Eesti_Vabariigi_Tartu_Ulikool, lk 87
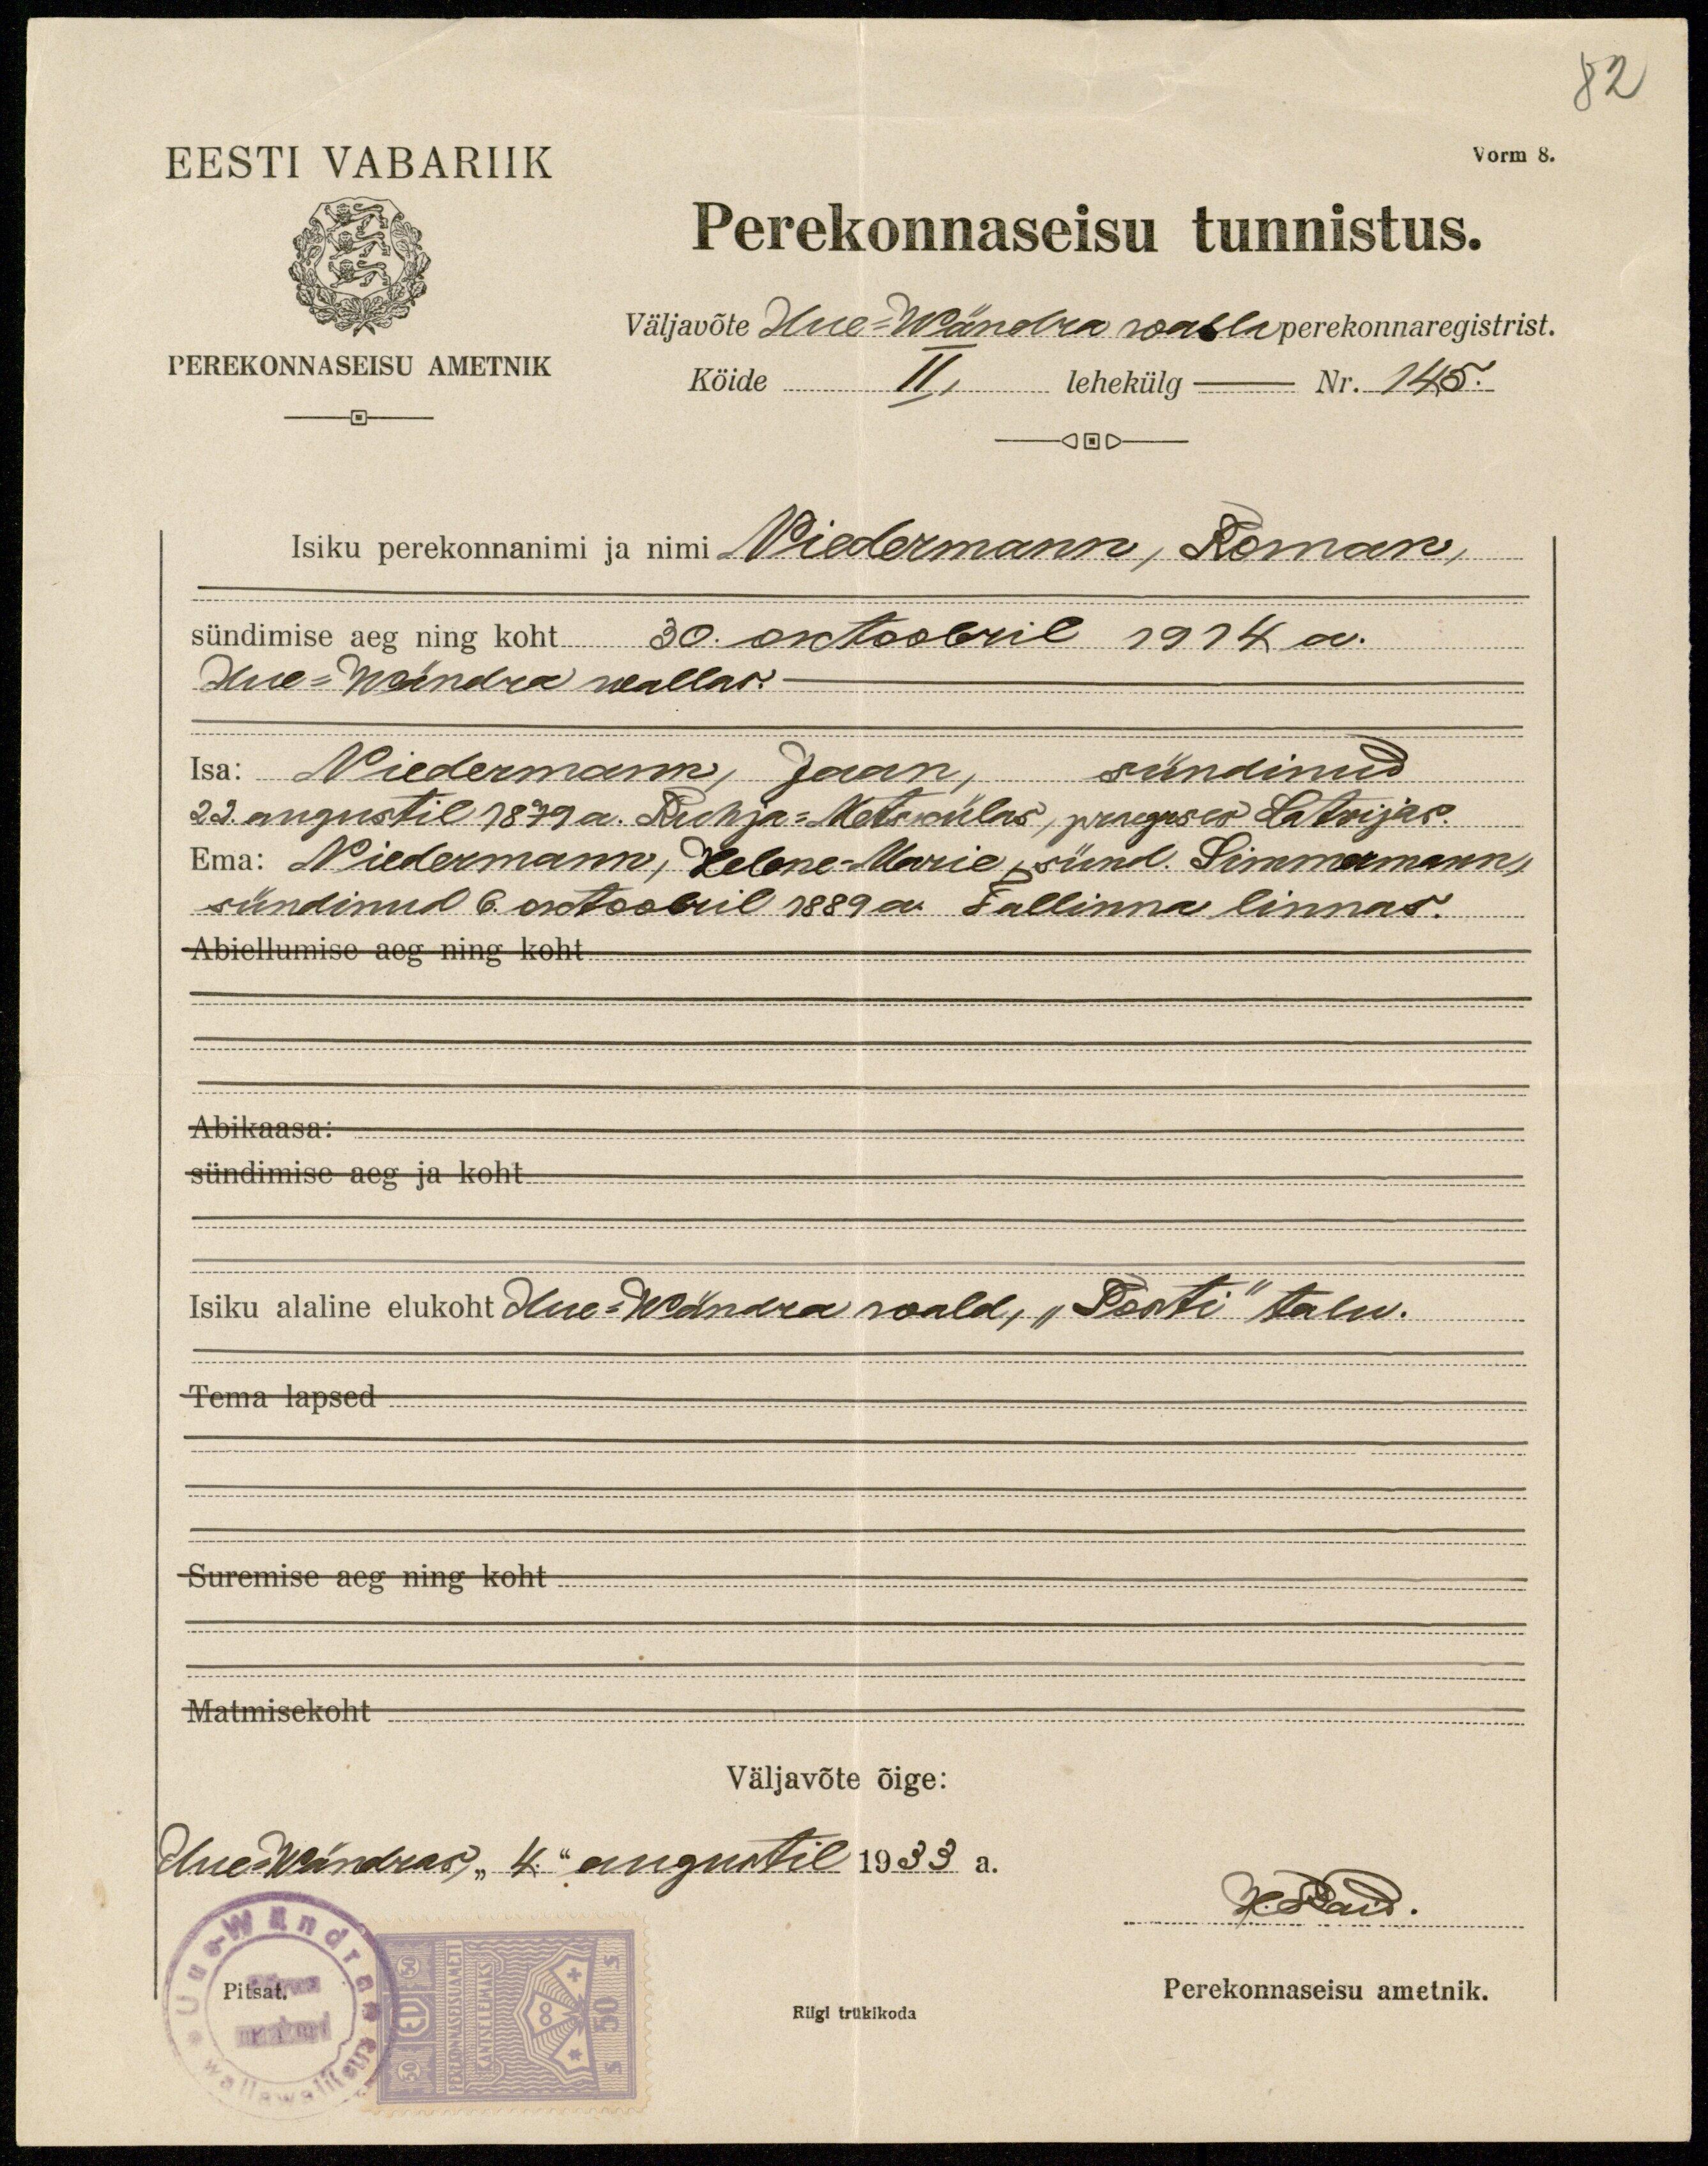
82
Vorm 8.
EESTI VABARIIK
PEREKONNAEISU AMETNIK
Perekonnaseisu tunnistus.
väljavõte Uue-Wändra walla perekonnaregistrist.
Kõide II, lehekülg - Nr. 145.
Isiku perekonnanimi ja nimi Niedermann, Roman,
sündimise aeg ning koht 30. oktoobril 1914 a.
Uue-Wändra wallas.
Isa: Niedermann, Jaan, sündinud
22. augustil 1879 a. Ruhja-Metsakülas, praeguses Latvijas.
Ema: Niedermann, Helene Marie, sünd. Simmermann,
sündinud 6. oktoobril 1889 a. Tallinna linnas.
Abiellumise aeg ning koht
Abikaasa:
sündimise aeg ja koht
Isiku alaline elukoht Uue-Wändra wald, "Posti" talu.
Tema lapsed
Suremise aeg ning koht
Matmisekoht
Väljavõte õige:
Uue-Wändras, "4.“ augustil 1933 a.
Kohaid.
Pitsat.
Perekonnaseisu ametnik.
Riigi trükikoda